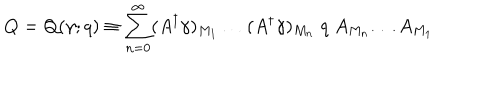
Q = Q ( \gamma ; q ) \equiv \sum _ { n = 0 } ^ { \infty } ( A ^ { \dagger } \gamma ) _ { M _ { 1 } } \ldots ( A ^ { \dagger } \gamma ) _ { M _ { n } } \; q \; A _ { M _ { n } } \ldots A _ { M _ { 1 } }